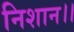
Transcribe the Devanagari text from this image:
निशान।।